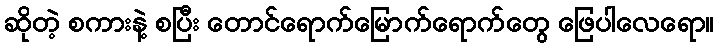
ဆိုတဲ့ စကားနဲ့ စပြီး တောင်ရောက်မြောက်ရောက်တွေ ဖြေပါလေရော။